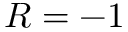
R = - 1